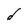
Character: d